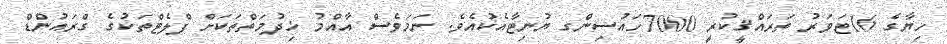
ހިޔާގެ 16ޓަވަރު ތަރައްޤީކުރީ 7000ހައުސިންގ ޔުނިޓާއެކުއެވެ. ނަމަވެސް އާއްމު ޚިދުމަތްތަކަށް ފްލެޓްތަކުގެ ގްރައުންޑް